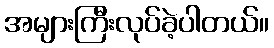
အများကြီးလုပ်ခဲ့ပါတယ်။